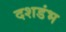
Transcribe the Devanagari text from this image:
दशडंभ